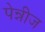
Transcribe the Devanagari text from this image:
पेन्नीज